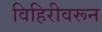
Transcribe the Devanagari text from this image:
विहिरीवरून